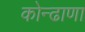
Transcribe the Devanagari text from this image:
कोन्ढाणा